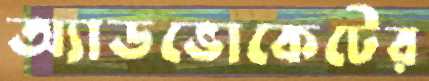
অ্যাডভোকেটের